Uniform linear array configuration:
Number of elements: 4
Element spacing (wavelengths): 1
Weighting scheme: binomial
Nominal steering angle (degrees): -60
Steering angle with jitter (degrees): -59.474
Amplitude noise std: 0.05
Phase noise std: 0.05

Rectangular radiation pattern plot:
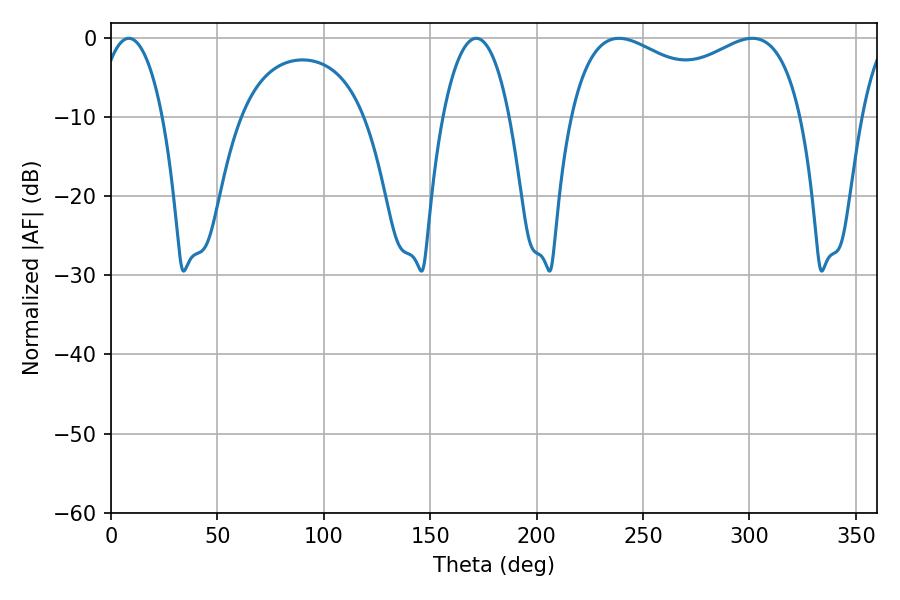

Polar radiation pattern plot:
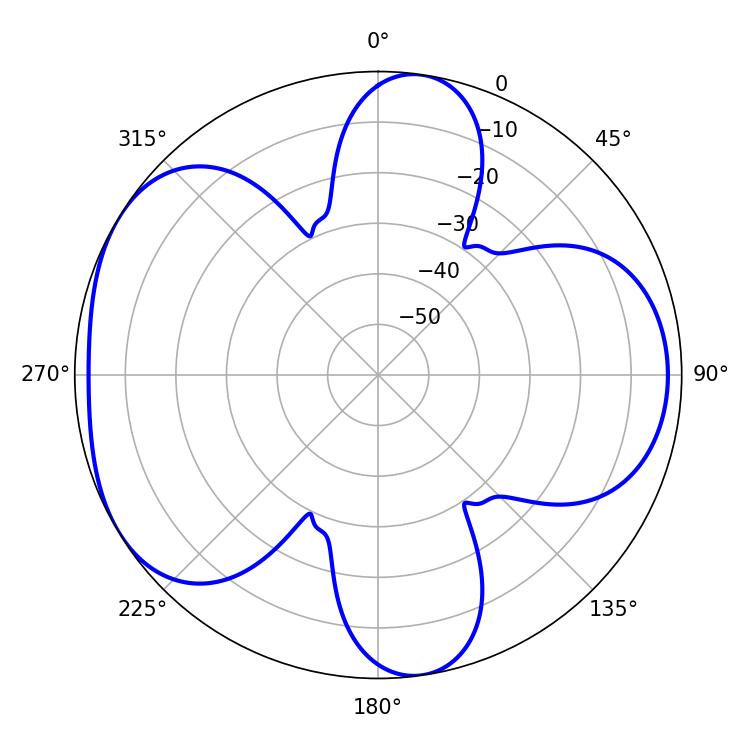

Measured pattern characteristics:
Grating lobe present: TRUE
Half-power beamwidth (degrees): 90.36
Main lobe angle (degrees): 238.68